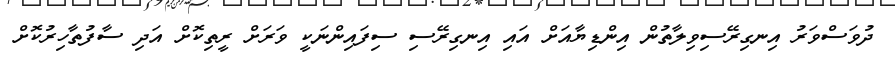
ދުވަސްވަރު އިނގިރޭސިވިލާތުން އިންޑިޔާއަށް އައި އިނގިރޭސި ސިފައިންނަކީ ވަރަށް ރީތިކޮށް އަދި ސާފުތާހިރުކޮށް